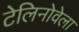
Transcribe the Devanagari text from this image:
टेलिनोवेला